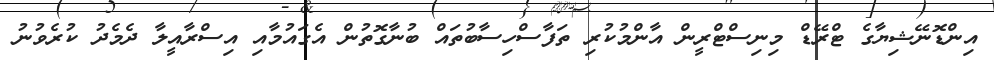
އިންޑޮނޭޝިޔާގެ ޓްރޭޑް މިނިސްޓްރީން އާންމުކުރި ތަފާސްހިސާބުތައް ބުނާގޮތުން އެގައުމާއި އިސްރާއީލާ ދެމެދު ކުރެވުނު